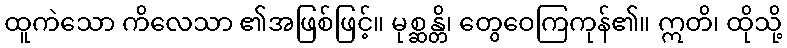
ထူကဲသော ကိလေသာ ၏အဖြစ်ဖြင့်။ မုစ္ဆန္တိ၊ တွေဝေကြကုန်၏။ ဣတိ၊ ထိုသို့